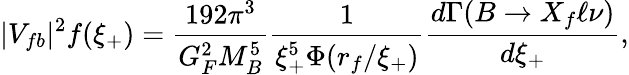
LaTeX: |V_{fb}|^{2}f(\xi_{+})=\frac{192\pi^{3}}{G_{F}^{2}M_{B}^{5}}\frac{1}{\xi_{+}^{5}\Phi(r_{f}/\xi_{+})}\frac{d\Gamma(B\to X_{f}\ell\nu)}{d\xi_{+}},